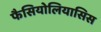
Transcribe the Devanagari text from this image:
फैसियोलियासिस